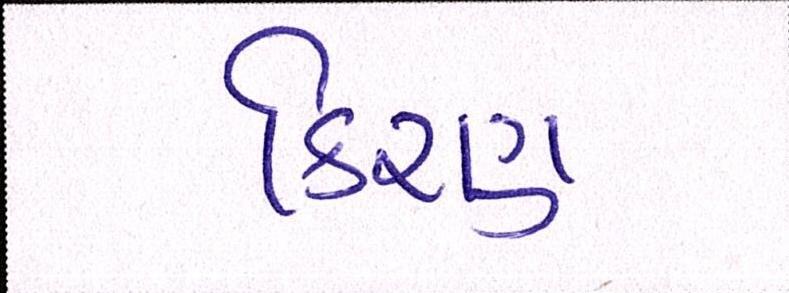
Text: કિરણ